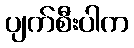
ပျက်စီးပါက